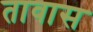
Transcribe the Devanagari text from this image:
तावास